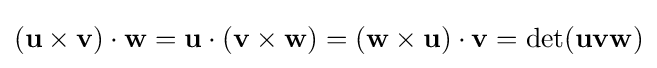
(\mathbf {u} \times \mathbf {v} )\cdot \mathbf {w} =\mathbf {u} \cdot (\mathbf {v} \times \mathbf {w} )=(\mathbf {w} \times \mathbf {u} )\cdot \mathbf {v} =\det(\mathbf {u} \mathbf {v} \mathbf {w} )